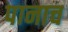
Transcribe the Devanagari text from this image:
पानाच